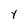
Character: Y